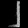
Digit: ၂